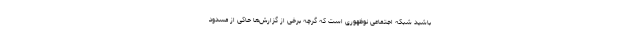
باشید شبکه اجتماعی نوظهوری است که گرچه برخی از گزارش‌ها حاکی از مسدود